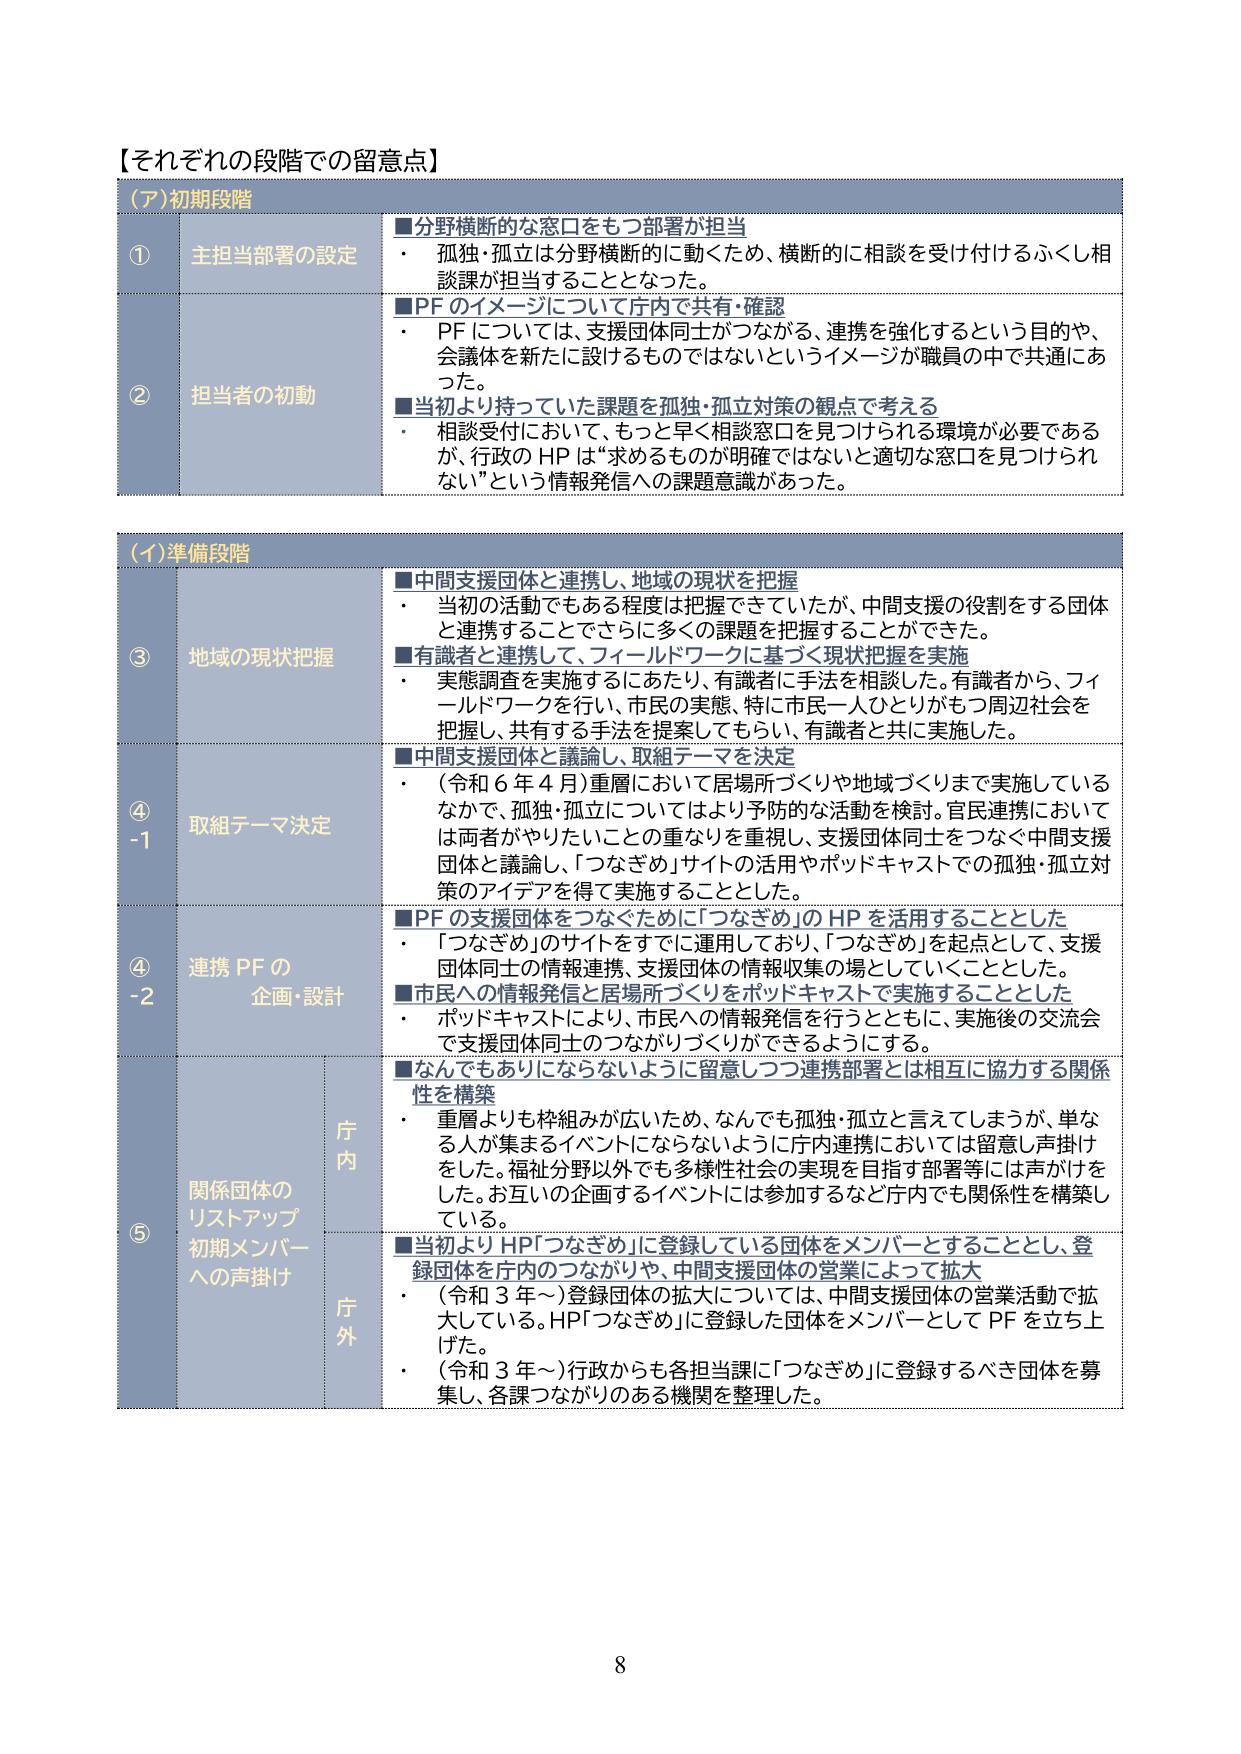
【それぞれの段階での留意点】

（ア）初期段階

① 主担当部署の設定
■分野横断的な窓口をもつ部署が担当
・孤独・孤立は分野横断的に動くため、横断的に相談を受け付けるふくし相談課が担当することとなった。

② 担当者の初動
■PFのイメージについて庁内で共有・確認
・PFについては、支援団体同士がつながる、連携を強化するという目的や、会議体を新たに設けるものではないというイメージが職員の中で共通にあった。
■当初より持っていた課題を孤独・孤立対策の観点で考える
・相談受付において、もっと早く相談窓口を見つけられる環境が必要であるが、行政のHPは“求めるものが明確ではないと適切な窓口を見つけられない”という情報発信への課題意識があった。

（イ）準備段階

③ 地域の現状把握
■中間支援団体と連携し、地域の現状を把握
・当初の活動でもある程度は把握できていたが、中間支援の役割をする団体と連携することでさらに多くの課題を把握することができた。
■有識者と連携して、フィールドワークに基づく現状把握を実施
・実態調査を実施するにあたり、有識者に手法を相談した。有識者から、フィールドワークを行い、市民の実態、特に市民一人ひとりがもつ周辺社会を把握し、共有する手法を提案してもらい、有識者と共に実施した。

④-1 取組テーマ決定
■中間支援団体と議論し、取組テーマを決定
・（令和6年4月）重層において居場所づくりや地域づくりまで実施しているなかで、孤独・孤立についてはより予防的な活動を検討。官民連携においては両者がやりたいことの重なりを重視し、支援団体同士をつなぐ中間支援団体と議論し、「つなぎめ」サイトの活用やポッドキャストでの孤独・孤立対策のアイデアを得て実施することとした。

④-2 連携PFの企画・設計
■PFの支援団体をつなぐために「つなぎめ」のHPを活用することとした
・「つなぎめ」のサイトをすでに運用しており、「つなぎめ」を起点として、支援団体同士の情報連携、支援団体の情報収集の場としていくこととした。
■市民への情報発信と居場所づくりをポッドキャストで実施することとした
・ポッドキャストにより、市民への情報発信を行うとともに、実施後の交流会で支援団体同士のつながりづくりができるようにする。

⑤ 関係団体のリスタートアップ 初期メンバーへの声掛け
■なんでもありにならないように留意しつつ連携部署とは相互に協力する関係性を構築
・重層よりも枠組みが広いため、なんでも孤独・孤立と言えてしまうが、単なる人が集まるイベントにならないように庁内連携においては留意し声掛けをした。福祉分野以外でも多様性社会の実現を目指す部署等には声かけをした。お互いの企画するイベントには参加するなど庁内でも関係性を構築している。

■当初よりHP「つなぎめ」に登録している団体をメンバーとすることとし、登録団体を庁内のつながりや、中間支援団体の営業によって拡大
・（令和3年～）登録団体の拡大については、中間支援団体の営業活動で拡大している。HP「つなぎめ」に登録した団体をメンバーとしてPFを立ち上げた。
・（令和3年～）行政からも各担当課に「つなぎめ」に登録するべき団体を募集し、各課つながりのある機関を整理した。

8